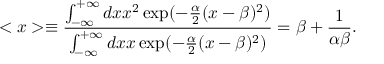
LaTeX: < x > \equiv \frac { \int _ { - \infty } ^ { + \infty } d x x ^ { 2 } \exp ( - \frac { \alpha } { 2 } ( x - \beta ) ^ { 2 } ) } { \int _ { - \infty } ^ { + \infty } d x x \exp ( - \frac { \alpha } { 2 } ( x - \beta ) ^ { 2 } ) } = \beta + \frac { 1 } { \alpha \beta } .